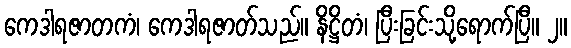
ကေဒါရဇာတကံ၊ ကေဒါရဇာတ်သည်။ နိဋ္ဌိတံ၊ ပြီးခြင်းသို့ရောက်ပြီ။ ၂။